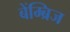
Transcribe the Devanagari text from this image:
बेंम्ब्रिज